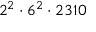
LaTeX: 2 ^ { 2 } \cdot 6 ^ { 2 } \cdot 2 3 1 0